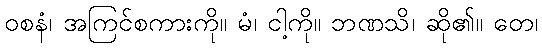
ဝစနံ၊ အကြင်စကားကို။ မံ၊ ငါ့ကို။ ဘဏသိ၊ ဆို၏။ တေ၊